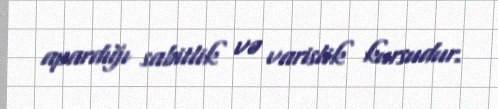
apardığı sabitlik və varislik kursudur.